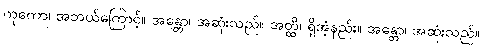
ကုကော၊ အဘယ်ကြောင့်။ အန္တော၊ အဆုံးသည်။ အတ္ထိ၊ ရှိအံ့နည်း။ အန္တော၊ အဆုံးသည်။